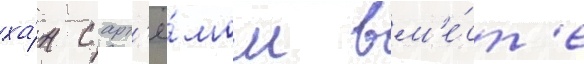
ха́н с арт'ё́мом вм'е́ст'е